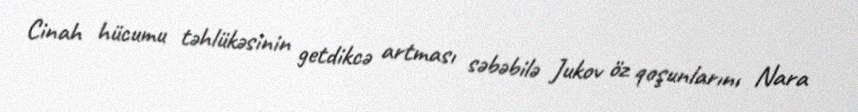
Cinah hücumu təhlükəsinin getdikcə artması səbəbilə Jukov öz qoşunlarını Nara